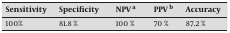
<table><thead><tr><td><b>Sensitivity</b></td><td><b>Specificity</b></td><td><b>NPV a</b></td><td><b>PPV b</b></td><td><b>Accuracy</b></td></tr></thead><tbody><tr><td>100%</td><td>81.8 %</td><td>100 %</td><td>70 %</td><td>87.2 %</td></tr></tbody></table>